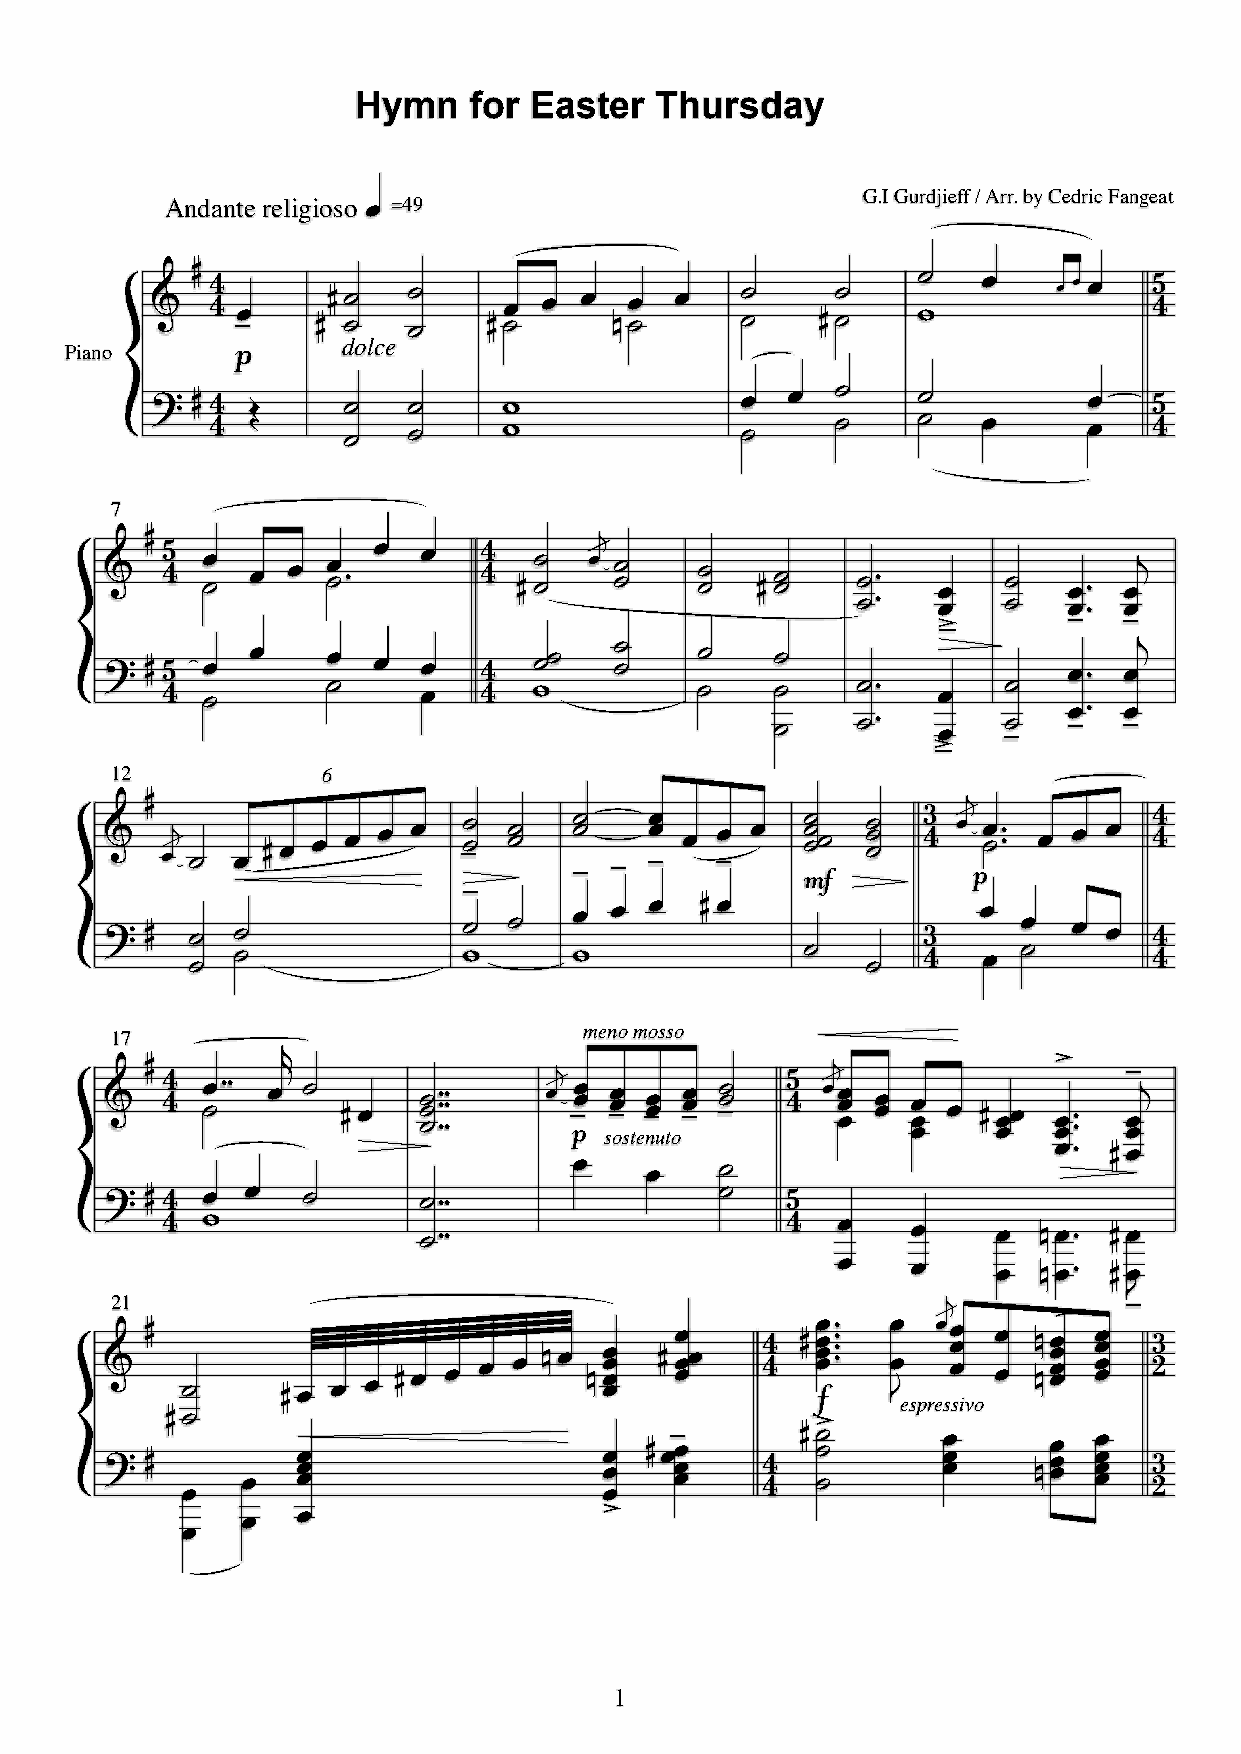
Hymn   for Easter  Thursday
 G.I Gurdjieff / Arr. by Cedric Fangeat
 Andante religioso =49
 .
 Piano &  Q \ \ gà. QQd --olce -- Q -. . . P -. . -- Q -- ,-  .    . . . ] \
 %   Q \ \ D   --  --    ,,              -. .  --    --
 .
 ..  ] \
 7
 !
 Q ]                   \
 &    \ -.  . .  -. # . .  \ Q -- . --   --  Q --   -- ## .. --   .. ## ..!
 à  à
 ó
 !
 %
 12
 Q ] \ -. . 6-. .  ..  \ \ ,--  --   --   ---   -- ##
 ..
 à--  à.. ## à..
 ó
 !
 Q                                                  [              \
 &    .!
 -  .
 Q . . . . .  à-- --  à--
 à
 à.. . à. . i--- - --- \ . g. -# # . . . \
 à
 %   Q  -- --             ,- -   ,. . .  Q .    -
 -
 [ \ .
 .
 -. . .  \ \
 meno mosso
 17
 Q \      !!                !              ]  !              â    à
 &    \ -.## . -  Q .  --- ### ### . àg.. s à..oste àn ..uto à.. à-- \ . ... .. ... . Q ... ..## ..!
 .# Q .
 .    .    -
 %   Q \ \ . . -       -##                 -   ] \
 ,              -##                        .    .     .  P .# Q .
 21                                              .    .     .  P .# Q .
 !
 à        "à
 .       â
 &
 Q
 -      Q . . . Q . . . . P . P .... Q
 ...
 .
 \
 \
 Q j.... #### ..
 "espres
 ...
 sivo
 .. PP .... .... [
 Z
 Q -                                        â
 %   Q
 .
 ...                 .. Q.à ... \
 \
 Q ---    ...
 P
 ... .... [
 Z
 .                           .
 .   .                   â
 .
 1